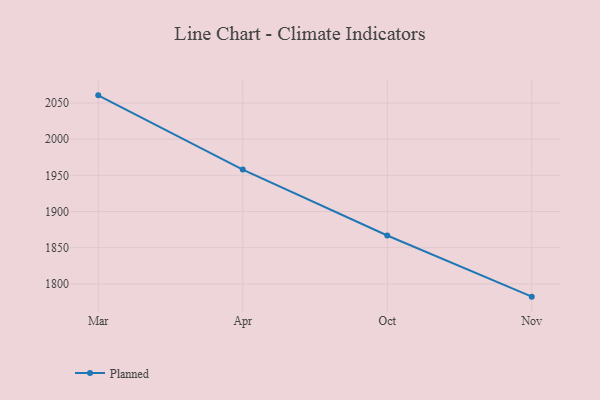
{"axis": {"x": "Month", "y": "Active Users"}, "legend": ["Planned"], "data": [{"x": "Mar", "y": 2060.6, "type": "Planned"}, {"x": "Apr", "y": 1958.0, "type": "Planned"}, {"x": "Oct", "y": 1866.9, "type": "Planned"}, {"x": "Nov", "y": 1782.3, "type": "Planned"}]}